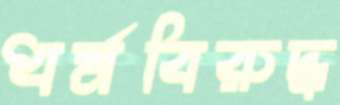
ধর্মবিরুদ্ধ